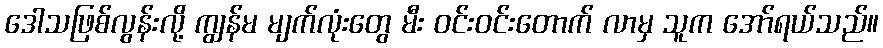
ဒေါသဖြစ်လွန်းလို့ ကျွန်မ မျက်လုံးတွေ မီး ဝင်းဝင်းတောက် လာမှ သူက အော်ရယ်သည်။